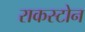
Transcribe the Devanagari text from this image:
राकस्टोन